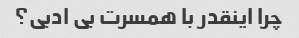
چرا اینقدر با همسرت بی ادبی؟